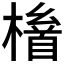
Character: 𱤛